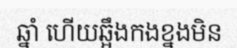
ឆ្នាំ ហើយឆ្អឹងកងខ្នងមិន